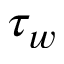
\tau _ { w }